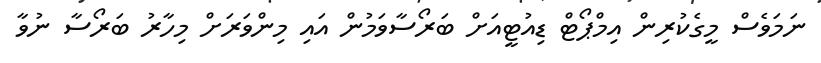
ނަމަވެސް މީގެކުރިން އިމްޕޯޓް ޑިއުޓީއަށް ބަރޯސާވަމުން އައި މިންވަރަށް މިހާރު ބަރޯސާ ނުވާ